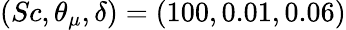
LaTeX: (Sc,\theta_{\mu},\delta)=(100,0.01,0.06)